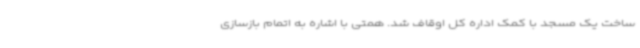
ساخت یک مسجد با کمک اداره کل اوقاف شد. همتی با اشاره به اتمام بازسازی